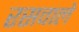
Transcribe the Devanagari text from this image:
रसवाले